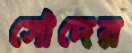
সৌদের